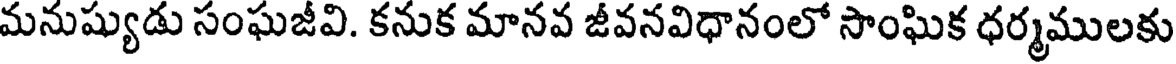
మనుష్యుడు సంఘజీవి. కనుక మానవ జీవనవిధానంలో సాంఘిక ధర్మములకు